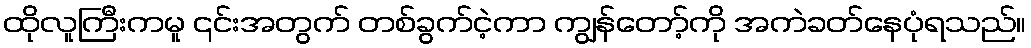
ထိုလူကြီးကမူ ၎င်းအတွက် တစ်ခွက်ငဲ့ကာ ကျွန်တော့်ကို အကဲခတ်နေပုံရသည်။